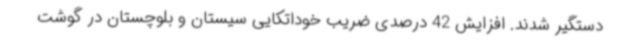
دستگیر شدند. افزایش 42 درصدی ضریب خوداتکایی سیستان و بلوچستان در گوشت